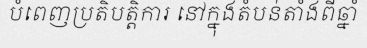
បំពេញប្រតិបត្តិការ នៅក្នុងតំបន់តាំងពីឆ្នាំ